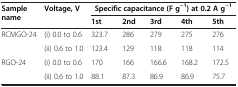
| <ROWSPAN=2> Sample name | <ROWSPAN=2> Voltage, V | <COLSPAN=5> Specific capacitance (F g-1) at 0.2 A g-1 |
 | 1st | 2nd | 3rd | 4th | 5th |
 | --- | --- | --- | --- | --- | --- | --- |
 | RCMGO-24 | (i) 0.0 to 0.6 | 323.7 | 286 | 279 | 275 | 276 |
 |  | (ii) 0.6 to 1.0 | 123.4 | 129 | 118 | 118 | 114 |
 | RGO-24 | (i) 0.0 to 0.6 | 170 | 166 | 166.6 | 168.2 | 172.5 |
 |  | (ii) 0.6 to 1.0 | 88.1 | 87.3 | 86.9 | 86.9 | 75.7 |